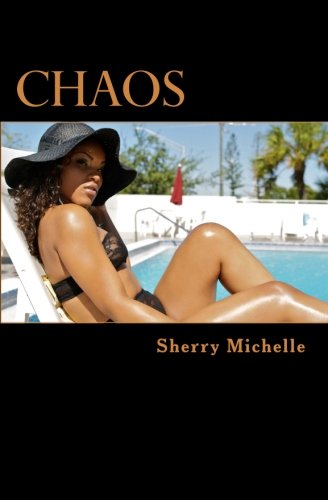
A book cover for Chaos; Sherry Michelle; Romance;